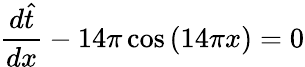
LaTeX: \frac{d\hat{t}}{dx}-14\pi\cos{(14\pi x)}=0